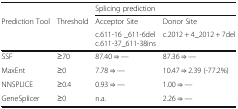
|  |  | <COLSPAN=2> Splicing prediction |
 | Prediction Tool | Threshold | Acceptor Site | Donor Site |
 |  |  | c.611-16 _611-6del c.611-37_﻿611-38ins | c.2012 + 4_2012 + 7del |
 | --- | --- | --- | --- |
 | SSF | ≥70 | 87.40 ⇒ — | 87.36 ⇒ — |
 | MaxEnt | ≥0 | 7.78 ⇒ — | 10.47 ⇒ 2.39 (-77.2%) |
 | NNSPLICE | ≥0.4 | 0.93 ⇒ — | 1.00 ⇒ — |
 | GeneSplicer | ≥0 | n.a. | 2.26 ⇒ — |